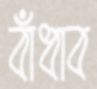
বাঁধাব